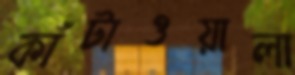
কাঁটাওয়ালা